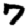
Digit: 7